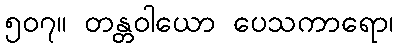
၅၀၇။ တန္တဝါယော ပေသကာရော၊